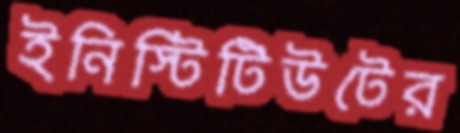
ইনিস্টিটিউটের